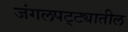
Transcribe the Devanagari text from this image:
जंगलपट्ट्यातील